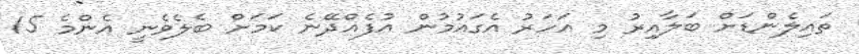
ތައިލެންޑަށް ބަލާއިރު މި އަހަރު އެގައުމުން އުފެއްދޭނެ ކަމަށް ބެލެވެނީ އެންމެ 15